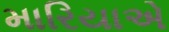
મારિયાએ